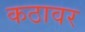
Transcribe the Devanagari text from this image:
कठावर